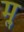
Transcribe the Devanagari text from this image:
मॢ